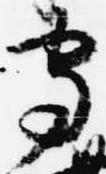
守